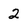
Character: 2